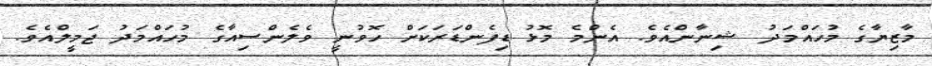
މާޒިޔާގެ މުހައްމަދު ޝިނާންއެވެ. އެންމެ މޮޅު ޑިފެންޑަރަކަށް ހޮވުނީ ވެލެންސިއާގެ މުހައްމަދު ޖަމީލްއެވެ.